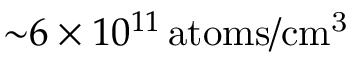
\small { \sim } 6 \times 1 0 ^ { 1 1 } \, \mathrm { a t o m s / c m ^ { 3 } }